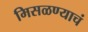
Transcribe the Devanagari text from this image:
मिसळण्याचं